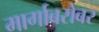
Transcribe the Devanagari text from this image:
मार्गाबरोबर